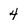
Character: 4